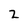
Character: 2